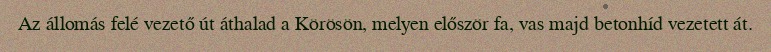
Az állomás felé vezető út áthalad a Körösön, melyen először fa, vas majd betonhíd vezetett át.